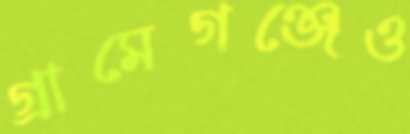
গ্রামেগঞ্জেও